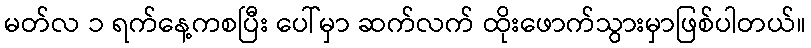
မတ်လ ၁ ရက်နေ့ကစပြီး ပေါ်မှာ ဆက်လက် ထိုးဖောက်သွားမှာဖြစ်ပါတယ်။